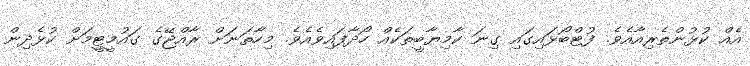
އެއް ކުޅުންތެރިއާއެވެ. ފުޓްބޯޅައިގައި ގިނަ ކާމިޔާބީތަކެއް ހޯދާފައިވެއެވެ. މިހާތަނަށް ރާއްޖޭގެ ގައުމީޓީމަށް ކުޅެދިން